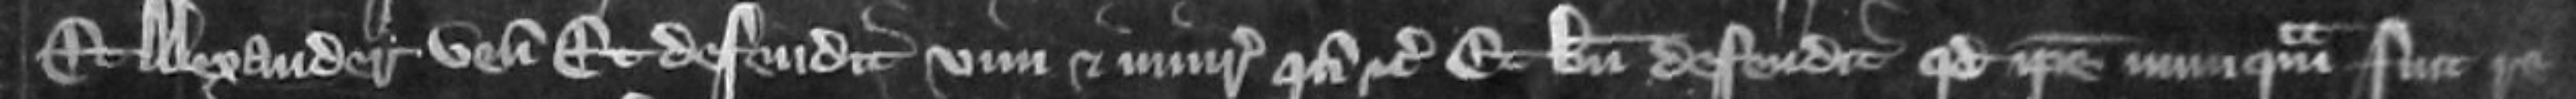
Et Alexander venit et defendit vim et iniuriam quando etc Et bene defendit quod ipse nunquam fuit re